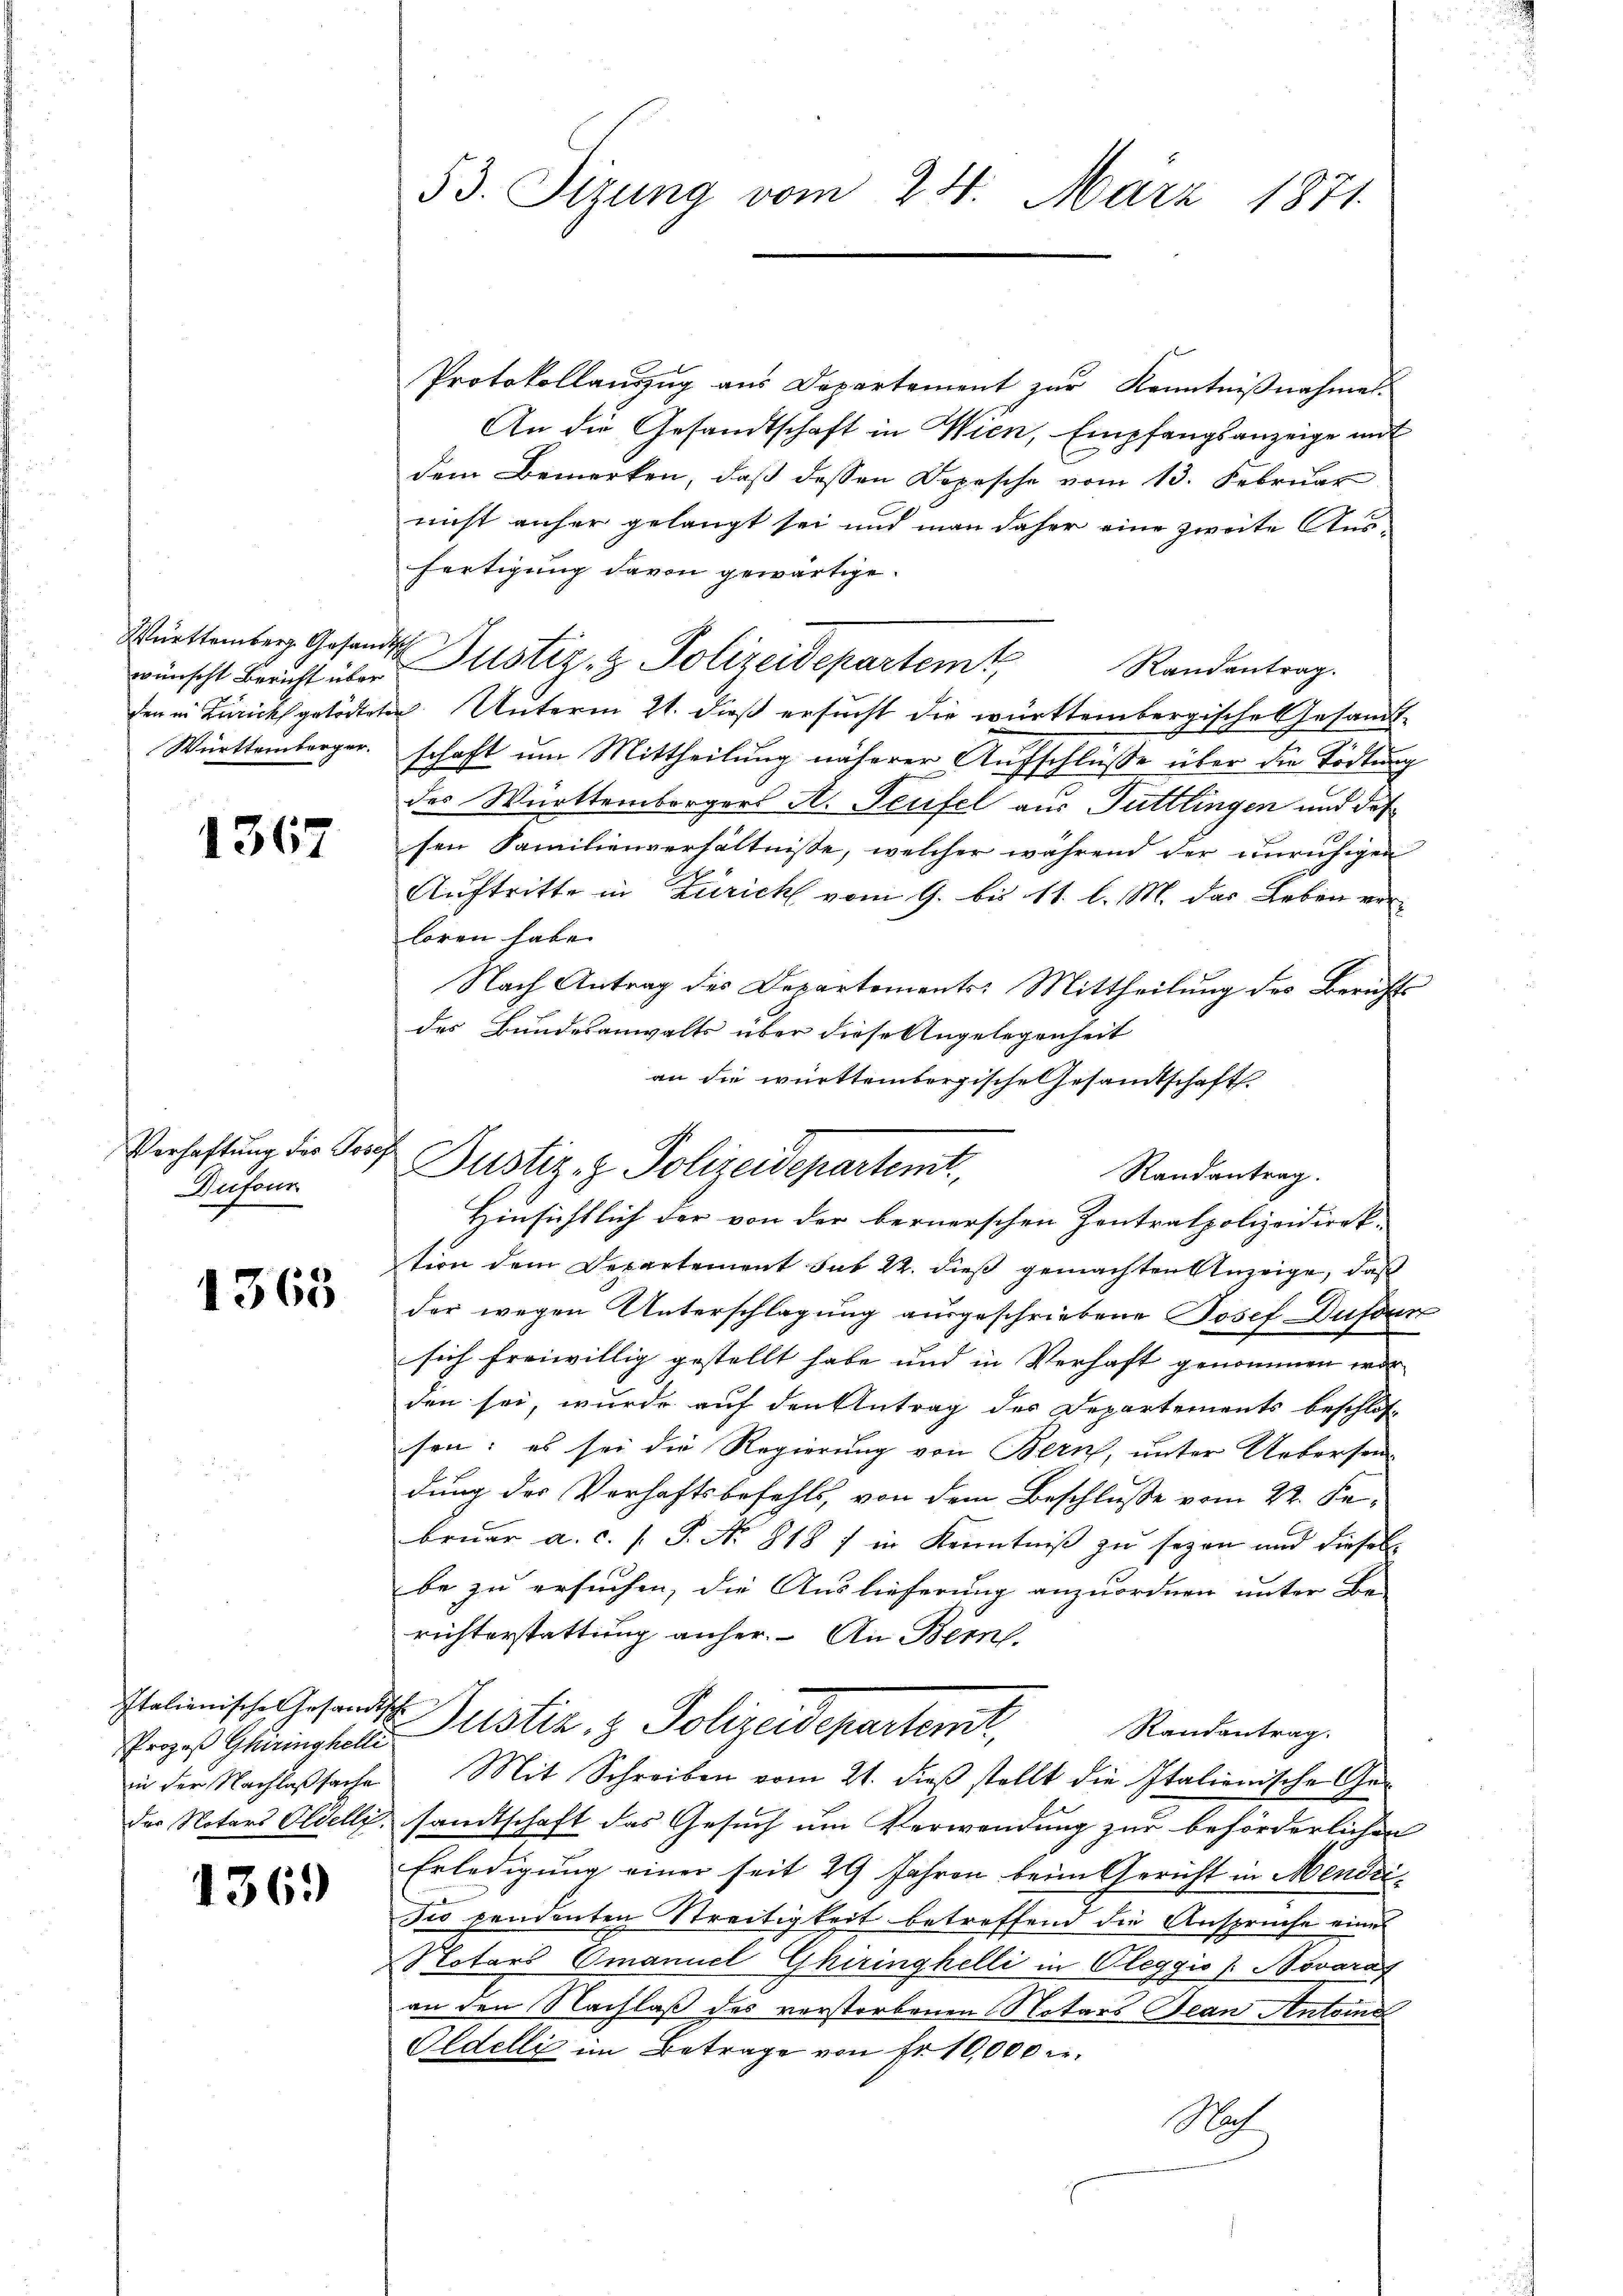
Württemberg. Gesandtsch
Württemberger.

1367

Verhaftung des Josef
Dufour

1363

Prozeß Ghiringhelli

1361)

53. Sizung vom 24. März 1871.

Protokollaŭszŭg ans Departement zŭr Kenntniβnahmen.
An die Gesandtschaft in Wien, Empfangsanzeige mit
C
dem Bemerken, daβ dessen Depesche vom 13. Febrŭar
nicht anher gelangt sei und man daher eine zweite Ausfertigung davon gewärtige.
wünscht Bericht über Justiz- & Polizeidepartemt
Randantrag.
den in Zürick getödteten. Unterm 21. dieß ersucht die württembergische Gesandtschaft um Mittheilung näherer Aufschlüße über die Tödtung
t
des Württembergers A. Teufel aus Tuttlingen und das
sen Familienverhältnisse, welcher während der unruhigen
Auftritte in Zürich vom 9. bis 11. l. M. das Leben vor
loren habe.
Nach Antrag des Departements: Mittheilung des Berichts
des Bundesanwalts über diese Angelegenheit
an die württembergische Gesamtschaft.
Randantrag.
Hinsichtlich der von der bernerschen Zentralpolizeidirek-
tion dem Departement sub 22. dieß gemachten Anzeige, daß
der wegen Unterschlagung ausgeschriebene Josef Dufour
sich freiwillig gestellt habe und in Verhaft genommen wor
den sei, wurde auf den Antrag des Departements beschlos-
sen: es sei die Regierung von Bern, unter Uebersen-
dung der Verhaftsbefehls, von dem Beschlusse vom 22. Februar a. c. s. S. Nr. 818 f in Kenntniß zu seyen und dieses
be zu ersuchen, die Auslieferung anzuordnen unter Be-
richterstattung anher. An Bern.
Italienische Gesandt Justiz & Polizeidepartemit,
Randantrag.
in der Nachlaßsache Mit Schreiben vom 21. dieß stellt die Italienische Ger
der Notars Oldelli, sandtschaft das Gesuch um Verwendung zur beförderlichen
Erledigung einer seit 29 Jahren beim Gericht in Mendridio pendenten Streitigkeit betreffend die Ansprüche eines
Notars Omanuel Ghiringhelli in Oleggio / Novaraf
an den Nachlaß des verstorbenen Notars Jean Antona
Oldelli im Betrage von Fr. 10,000 Fr.
Nach

.
Justiz- & Polizeidepartemt